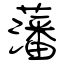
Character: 藩